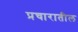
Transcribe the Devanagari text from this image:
प्रचारातील